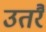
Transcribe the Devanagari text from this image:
उतरैं